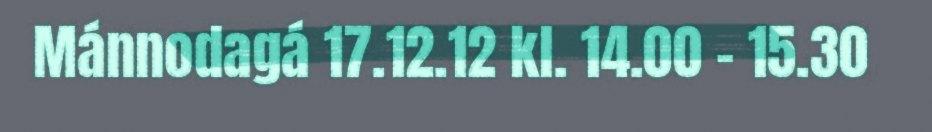
Mánnodagá 17.12.12 kl. 14.00 - 15.30